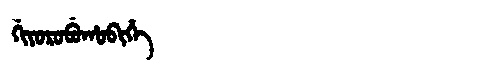
Manchu: ᡤᡳᠶᠣᡵᠣᠪᡠᡥᠣᠪᡳᡥᡝ
Romanization: GIYOROBUHOBIHE